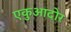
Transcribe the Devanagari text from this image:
एकुआदोर